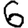
Digit: 6